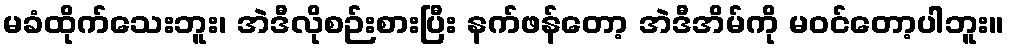
မခံထိုက်သေးဘူး၊ အဲဒီလိုစဉ်းစားပြီး နက်ဖန်တော့ အဲဒီအိမ်ကို မဝင်တော့ပါဘူး။